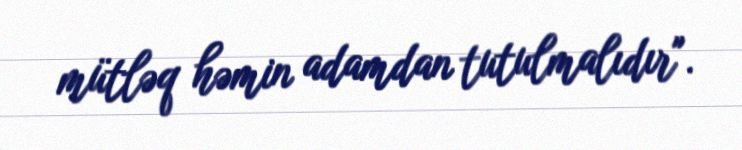
mütləq həmin adamdan tutulmalıdır".